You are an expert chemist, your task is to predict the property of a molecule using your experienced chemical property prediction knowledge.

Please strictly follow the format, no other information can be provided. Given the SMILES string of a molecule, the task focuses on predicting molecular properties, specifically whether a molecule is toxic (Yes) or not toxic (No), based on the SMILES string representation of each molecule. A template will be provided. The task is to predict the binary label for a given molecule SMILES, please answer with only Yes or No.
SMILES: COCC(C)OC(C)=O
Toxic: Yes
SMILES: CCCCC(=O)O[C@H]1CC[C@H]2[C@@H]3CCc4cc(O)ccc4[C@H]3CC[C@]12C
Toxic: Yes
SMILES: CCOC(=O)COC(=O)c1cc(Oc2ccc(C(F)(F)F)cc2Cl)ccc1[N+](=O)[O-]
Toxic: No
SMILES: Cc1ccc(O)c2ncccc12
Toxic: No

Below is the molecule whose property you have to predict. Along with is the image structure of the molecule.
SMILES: CCCCCCC(O)CO
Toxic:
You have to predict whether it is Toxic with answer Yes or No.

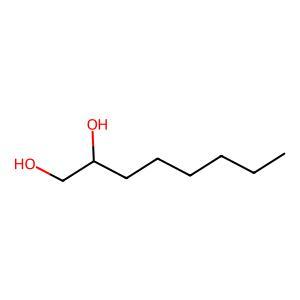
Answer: No